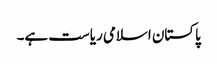
پاکستان اسلامی ریاست ہے۔